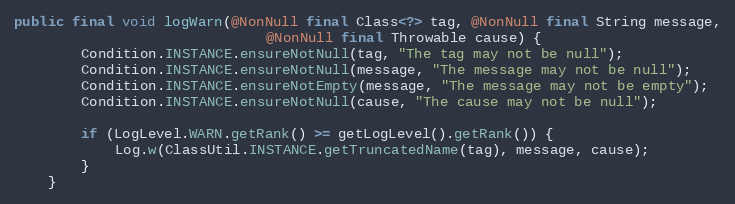
Language: Java
public final void logWarn(@NonNull final Class<?> tag, @NonNull final String message,
                              @NonNull final Throwable cause) {
        Condition.INSTANCE.ensureNotNull(tag, "The tag may not be null");
        Condition.INSTANCE.ensureNotNull(message, "The message may not be null");
        Condition.INSTANCE.ensureNotEmpty(message, "The message may not be empty");
        Condition.INSTANCE.ensureNotNull(cause, "The cause may not be null");

        if (LogLevel.WARN.getRank() >= getLogLevel().getRank()) {
            Log.w(ClassUtil.INSTANCE.getTruncatedName(tag), message, cause);
        }
    }